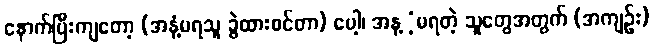
နောက်ပြီးကျတော့ (အနံ့မရသူ ခွဲထားစင်တာ) ပေါ့၊ အန့ံ့မရတဲ့ သူတွေအတွက် (အကျဉ်း)